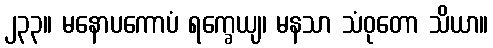
၂၃၃။ မနောပကောပံ ရက္ခေယျ၊ မနသာ သံဝုတော သိယာ။